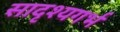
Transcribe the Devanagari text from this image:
सादृश्यगर्भ